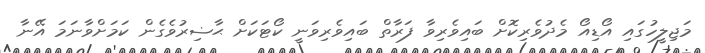
މަޖިލީހުގައި އޯޑިއޯ މެދުވެރިކޮށް ބައިވެރިވާ ފަރާތް ބައިވެރިވަނީ ކޯޓަކަށް ޙާޟިރުވެގެން ކަމަށްވާނަމަ އޭނާ